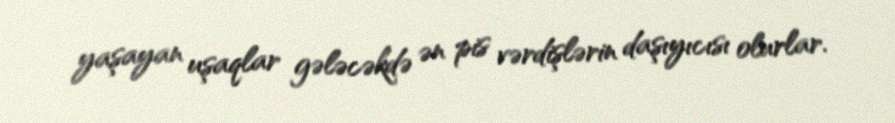
yaşayan uşaqlar gələcəkdə ən pis vərdişlərin daşıyıcısı olurlar.